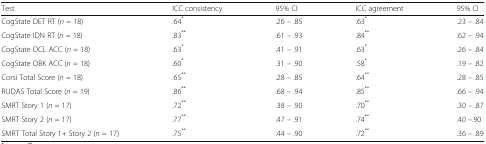
| Test | ICC consistency | 95% CI | ICC agreement | 95% CI |
 | --- | --- | --- | --- | --- |
 | CogState DET RT (n = 18) | .64* | .26 – .85 | .63* | .23 – .84 |
 | CogState IDN RT (n = 18) | .83** | .61 – .93 | .84** | .62 – .94 |
 | CogState OCL ACC (n = 18) | .63* | .41 – .91 | .63* | .26 – .84 |
 | CogState OBK ACC (n = 18) | .60* | .31 – .90 | .58* | .19 – .82 |
 | Corsi Total Score (n = 18) | .65** | .28 – .85 | .64** | .28 – .85 |
 | RUDAS Total Score (n = 19) | .86** | .68 – .94 | .85** | .66 – .94 |
 | SMRT Story 1 (n = 17) | .72** | .38 – .90 | .70** | .30 – .87 |
 | SMRT Story 2 (n = 17) | .77** | .47 – .91 | .74** | .40 –.90 |
 | SMRT Total Story 1+ Story 2 (n = 17) | .75** | .44 – .90 | .72** | .36 – .89 |